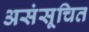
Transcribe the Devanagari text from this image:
असंसूचित